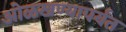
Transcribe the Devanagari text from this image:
ओळखण्यापर्यंत